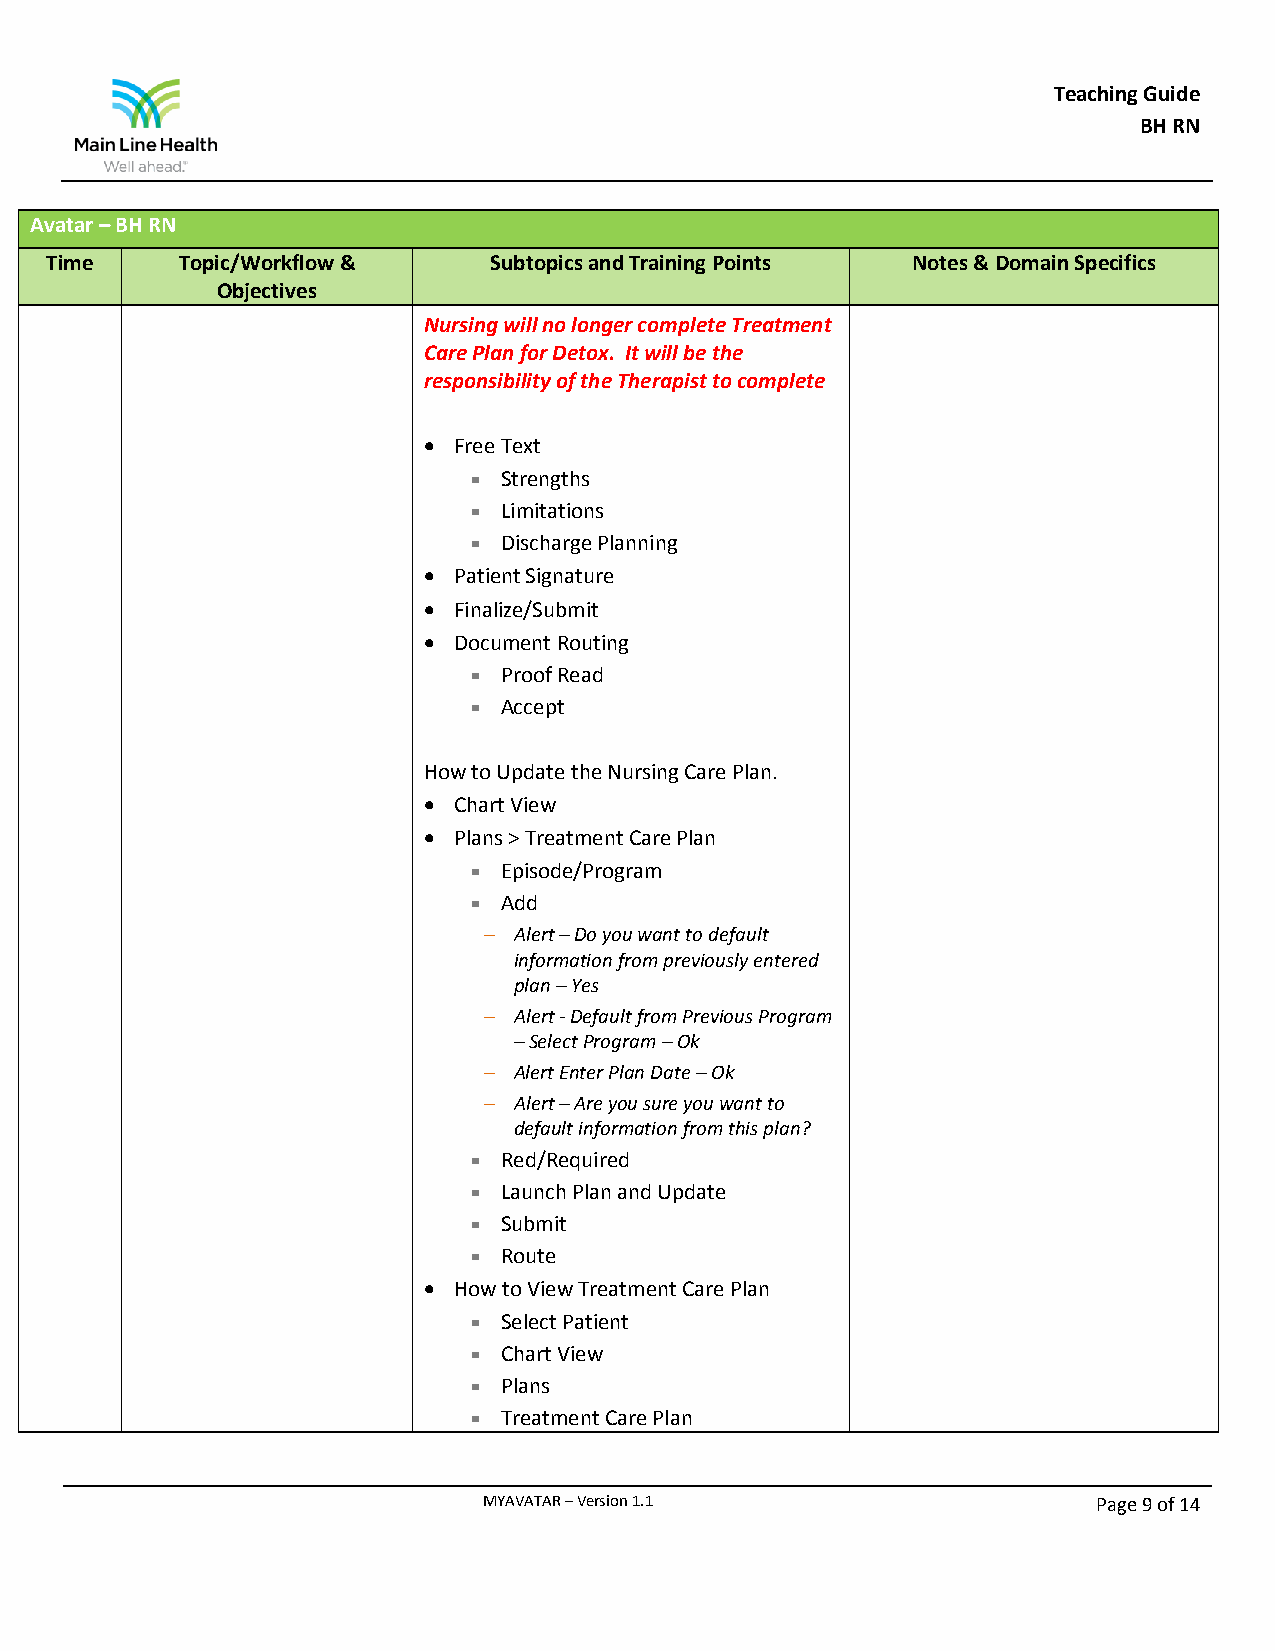
Teaching Guide
 BH RN
 Avatar – BH RN
 Time     Topic/Workflow &    Subtopics and Training Points Notes & Domain Specifics
 Objectives
 Nursing will no longer complete Treatment
 Care Plan for Detox. It will be the
 responsibility of the Therapist to complete
  Free Text
  Strengths
  Limitations
  Discharge Planning
  Patient Signature
  Finalize/Submit
  Document Routing
  Proof Read
  Accept
 How to Update the Nursing Care Plan.
  Chart View
  Plans > Treatment Care Plan
  Episode/Program
  Add
  Alert – Do you want to default
 information from previously entered
 plan – Yes
  Alert - Default from Previous Program
 – Select Program – Ok
  Alert Enter Plan Date – Ok
  Alert – Are you sure you want to
 default information from this plan?
  Red/Required
  Launch Plan and Update
  Submit
  Route
  How to View Treatment Care Plan
  Select Patient
  Chart View
  Plans
  Treatment Care Plan
 MYAVATAR – Version 1.1                   Page 9 of 14